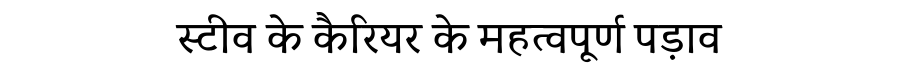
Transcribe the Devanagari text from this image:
स्टीव के कैरियर के महत्वपूर्ण पड़ाव